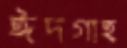
ঈদগাহ্